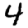
Digit: 4